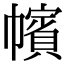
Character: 㡦